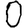
Digit: 0